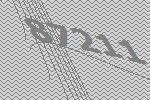
87211